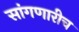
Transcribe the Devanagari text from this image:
सांगणारीच